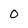
Character: 0